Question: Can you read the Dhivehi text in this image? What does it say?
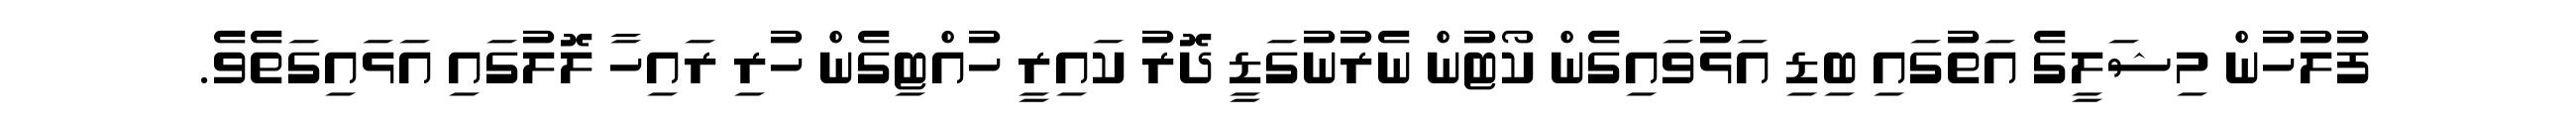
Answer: ފުލުހުން މިޝަލީގެ އަތުގައި ބިޑި އަޅުވައިގެން ކޯޓުން ނެރުނުގަޑީ ދޮރު ކައިރީ ހުއްޓިގެން ހުރި ރައިހާ ލޮލުގައި އަޅައިގަތެވެ.